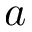
a